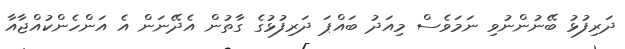
ދަރިފުޅު ބޭނުންނުވި ނަމަވެސް މިއަދު ބައްޕަ ދަރިފުޅުގެ ގާތުން އެދޭނަން އެ އަންހެންކުއްޖާއާ